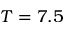
T = 7 . 5